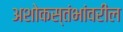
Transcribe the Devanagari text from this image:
अशोकस्तंभांवरील